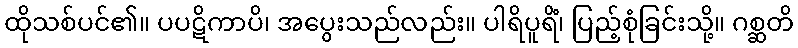
ထိုသစ်ပင်၏။ ပပဋိကာပိ၊ အပွေးသည်လည်း။ ပါရိပူရိံ၊ ပြည့်စုံခြင်းသို့။ ဂစ္ဆတိ